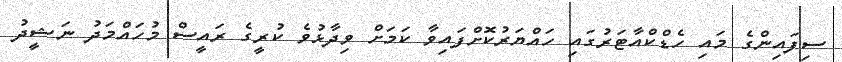
ސިފައިންގެ މައި ހެޑްކްއާޓަރުގައި ހައްޔަރުކޮށްފައިވާ ކަމަށް ވިދާޅުވެ ކުރީގެ ރައީސް މުހައްމަދު ނަޝީދު